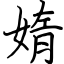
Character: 媠